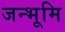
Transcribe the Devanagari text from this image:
जन्भूमि